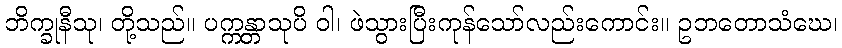
ဘိက္ခုနီသု၊ တို့သည်။ ပက္ကန္တာသုပိ ဝါ၊ ဖဲသွားပြီးကုန်သော်လည်းကောင်း။ ဥဘတောသံဃေ၊